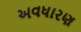
અવધારણ